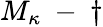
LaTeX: M_{\kappa}\mathrm{~-~}\dagger